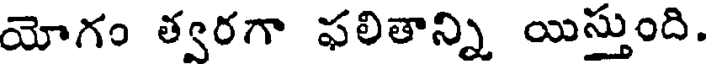
యోగం త్వరగా ఫలితాన్ని యిస్తుంది.